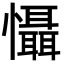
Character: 懾